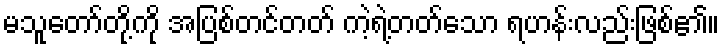
မသူတော်တို့ကို အပြစ်တင်တတ် ကဲ့ရဲ့တတ်သော ရဟန်းလည်းဖြစ်၏။